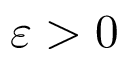
\varepsilon > 0